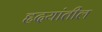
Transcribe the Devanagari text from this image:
हृदयांतील